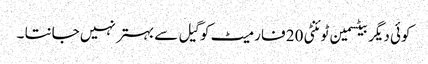
کوئی دیگر بیٹسمین ٹوئنٹی 20 فارمیٹ کو گیل سے بہتر نہیں جانتا ۔